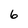
Character: 6